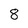
Character: 8